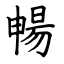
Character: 暢